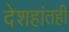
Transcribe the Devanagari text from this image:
देशहांतही